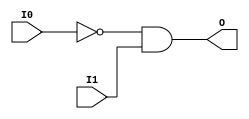
module AND2B1 (O, I0, I1);

    output O;

    input  I0, I1;

    wire i0_inv;

    not N0 (i0_inv, I0);
    and A1 (O, i0_inv, I1);


endmodule